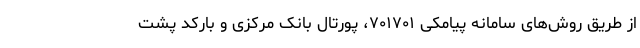
از طریق روش‌های سامانه پیامکی ۷۰۱۷۰۱، پورتال بانک مرکزی و بارکد پشت